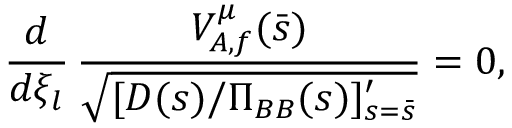
{ \frac { d } { d \xi _ { l } } } \, { \frac { V _ { A , f } ^ { \mu } ( \bar { s } ) } { \sqrt { [ D ( s ) / \Pi _ { B B } ( s ) ] _ { s = \bar { s } } ^ { \prime } } } } = 0 ,